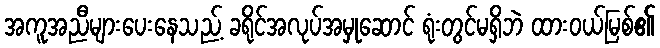
အကူအညီများပေးနေသည့် ခရိုင်အလုပ်အမှုဆောင် ရုံးတွင်မရှိဘဲ ထားဝယ်မြစ်၏